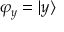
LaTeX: \varphi _ { y } = | y \rangle